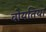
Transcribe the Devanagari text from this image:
वोयतिया